Problem: 48 - 31 = ?
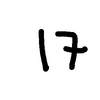
Handwritten answer: 17